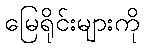
မြေရိုင်းများကို